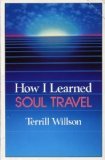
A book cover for How I Learned Soul Travel the True Exp; Terrill Willson; Religion & Spirituality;